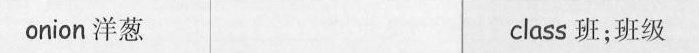
onion 洋葱 class 班;班级